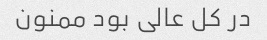
در کل عالی بود ممنون